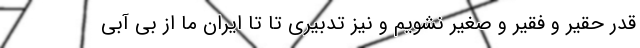
قدر حقیر و فقیر و صغیر نشویم و نیز تدبیری تا تا ایران ما از بی آبی